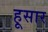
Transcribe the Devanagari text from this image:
हूसार